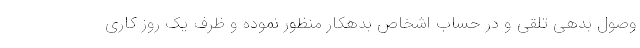
وصول بدهی تلقی و در حساب اشخاص بدهکار منظور نموده و ظرف یک روز کاری